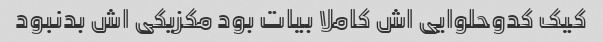
کیک کدوحلوایی اش کاملا بیات بود مکزیکی اش بدنبود